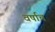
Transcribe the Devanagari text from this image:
वर्षाच